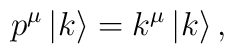
p^\mu \left| k\right> = k^\mu\left| k\right> ,